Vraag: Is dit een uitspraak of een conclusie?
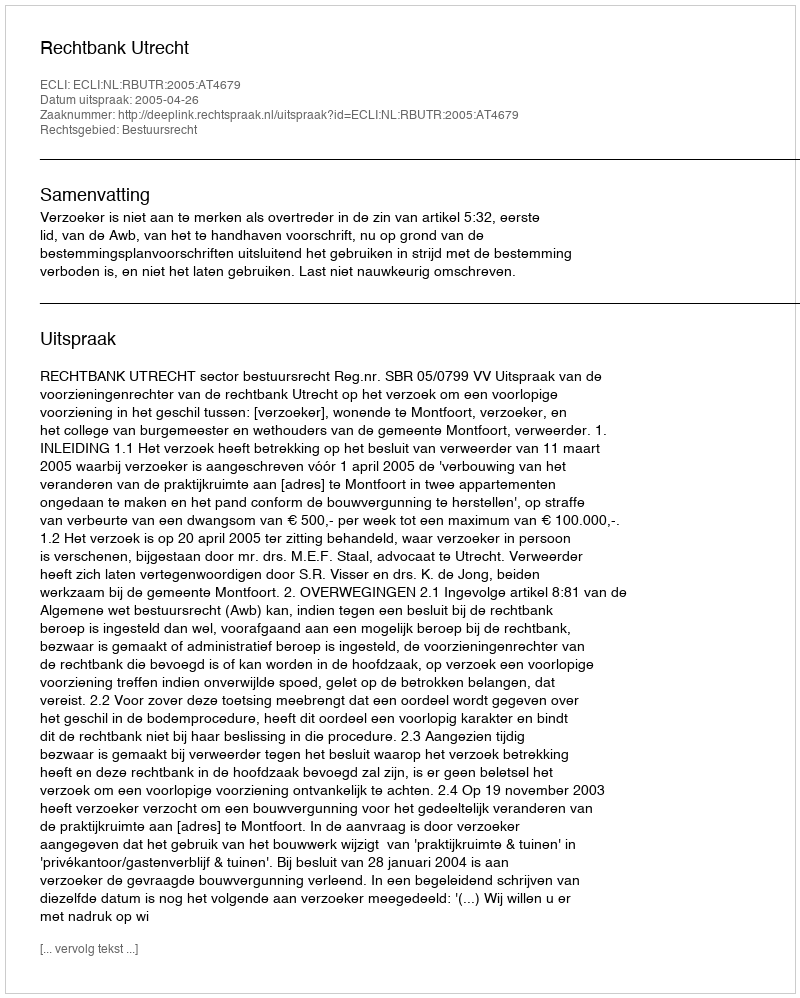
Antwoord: Uitspraak